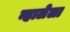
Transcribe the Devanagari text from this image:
न्हालेला